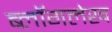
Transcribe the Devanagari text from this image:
ब्लॉगलेख